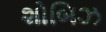
શોબિઝ